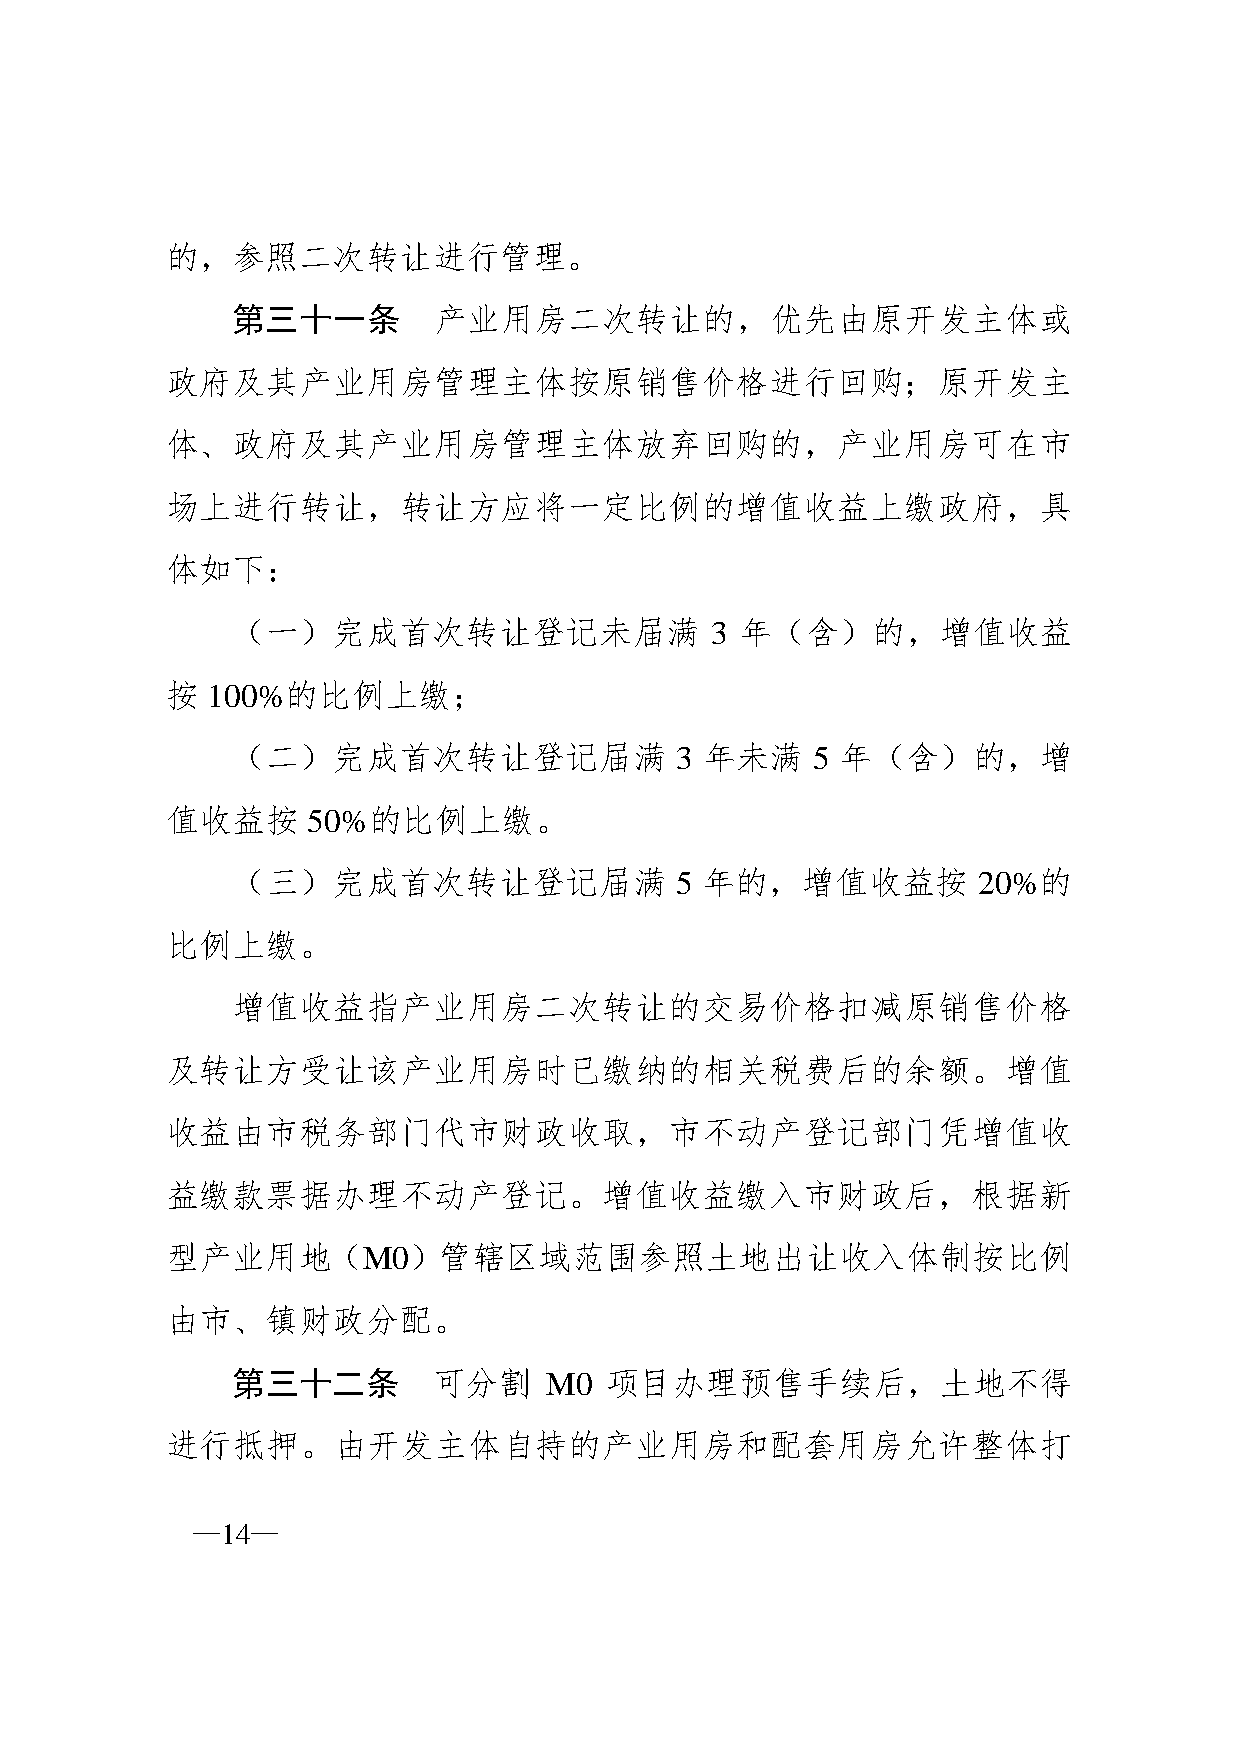
的，参照二次转让进行管理。
 第三十一条         产业用房二次转让的，优先由原开发主体或
 政府及其产业用房管理主体按原销售价格进行回购；原开发主
 体、政府及其产业用房管理主体放弃回购的，产业用房可在市
 场上进行转让，转让方应将一定比例的增值收益上缴政府，具
 体如下：
 （一）完成首次转让登记未届满                  3 年（含）的，增值收益
 按  100%的比例上缴；
 （二）完成首次转让登记届满                 3 年未满    5 年（含）的，增
 值收益按     50%的比例上缴。
 （三）完成首次转让登记届满                 5 年的，增值收益按          20%的
 比例上缴。
 增值收益指产业用房二次转让的交易价格扣减原销售价格
 及转让方受让该产业用房时已缴纳的相关税费后的余额。增值
 收益由市税务部门代市财政收取，市不动产登记部门凭增值收
 益缴款票据办理不动产登记。增值收益缴入市财政后，根据新
 型产业用地（M0）管辖区域范围参照土地出让收入体制按比例
 由市、镇财政分配。
 第三十二条         可分割    M0  项目办理预售手续后，土地不得
 进行抵押。由开发主体自持的产业用房和配套用房允许整体打
 —14—